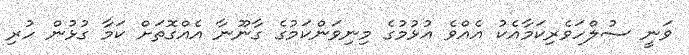
ވަނީ ސުލްހަވެރިކަމާއެކު އެއްވެ އުޅުމުގެ މިނިވަންކަމުގެ ގާނޫނާ އެއްގޮތަށް ކަމާ ގުޅުން ހުރި